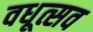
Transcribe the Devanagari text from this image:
वधूत्सव